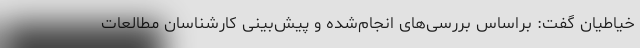
خیاطیان گفت: براساس بررسی‌های انجام‌شده و پیش‌بینی کارشناسان مطالعات